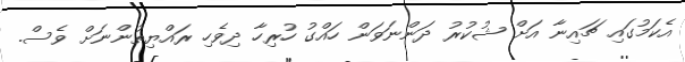
އެކަމުގައި ޗައިނާ އަށް ޝުކުރު ދަންނަވަން ހައްގު ހުރިހާ ދިވެހި ރައްޔިތުންނަށް ވެސް.